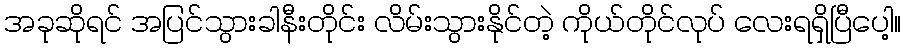
အခုဆိုရင် အပြင်သွားခါနီးတိုင်း လိမ်းသွားနိုင်တဲ့ ကိုယ်တိုင်လုပ် လေးရရှိပြီပေါ့။